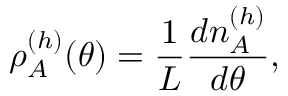
\rho _ { A } ^ { ( h ) } ( \theta ) = \frac { 1 } { L } \frac { d n _ { A } ^ { ( h ) } } { d \theta } ,